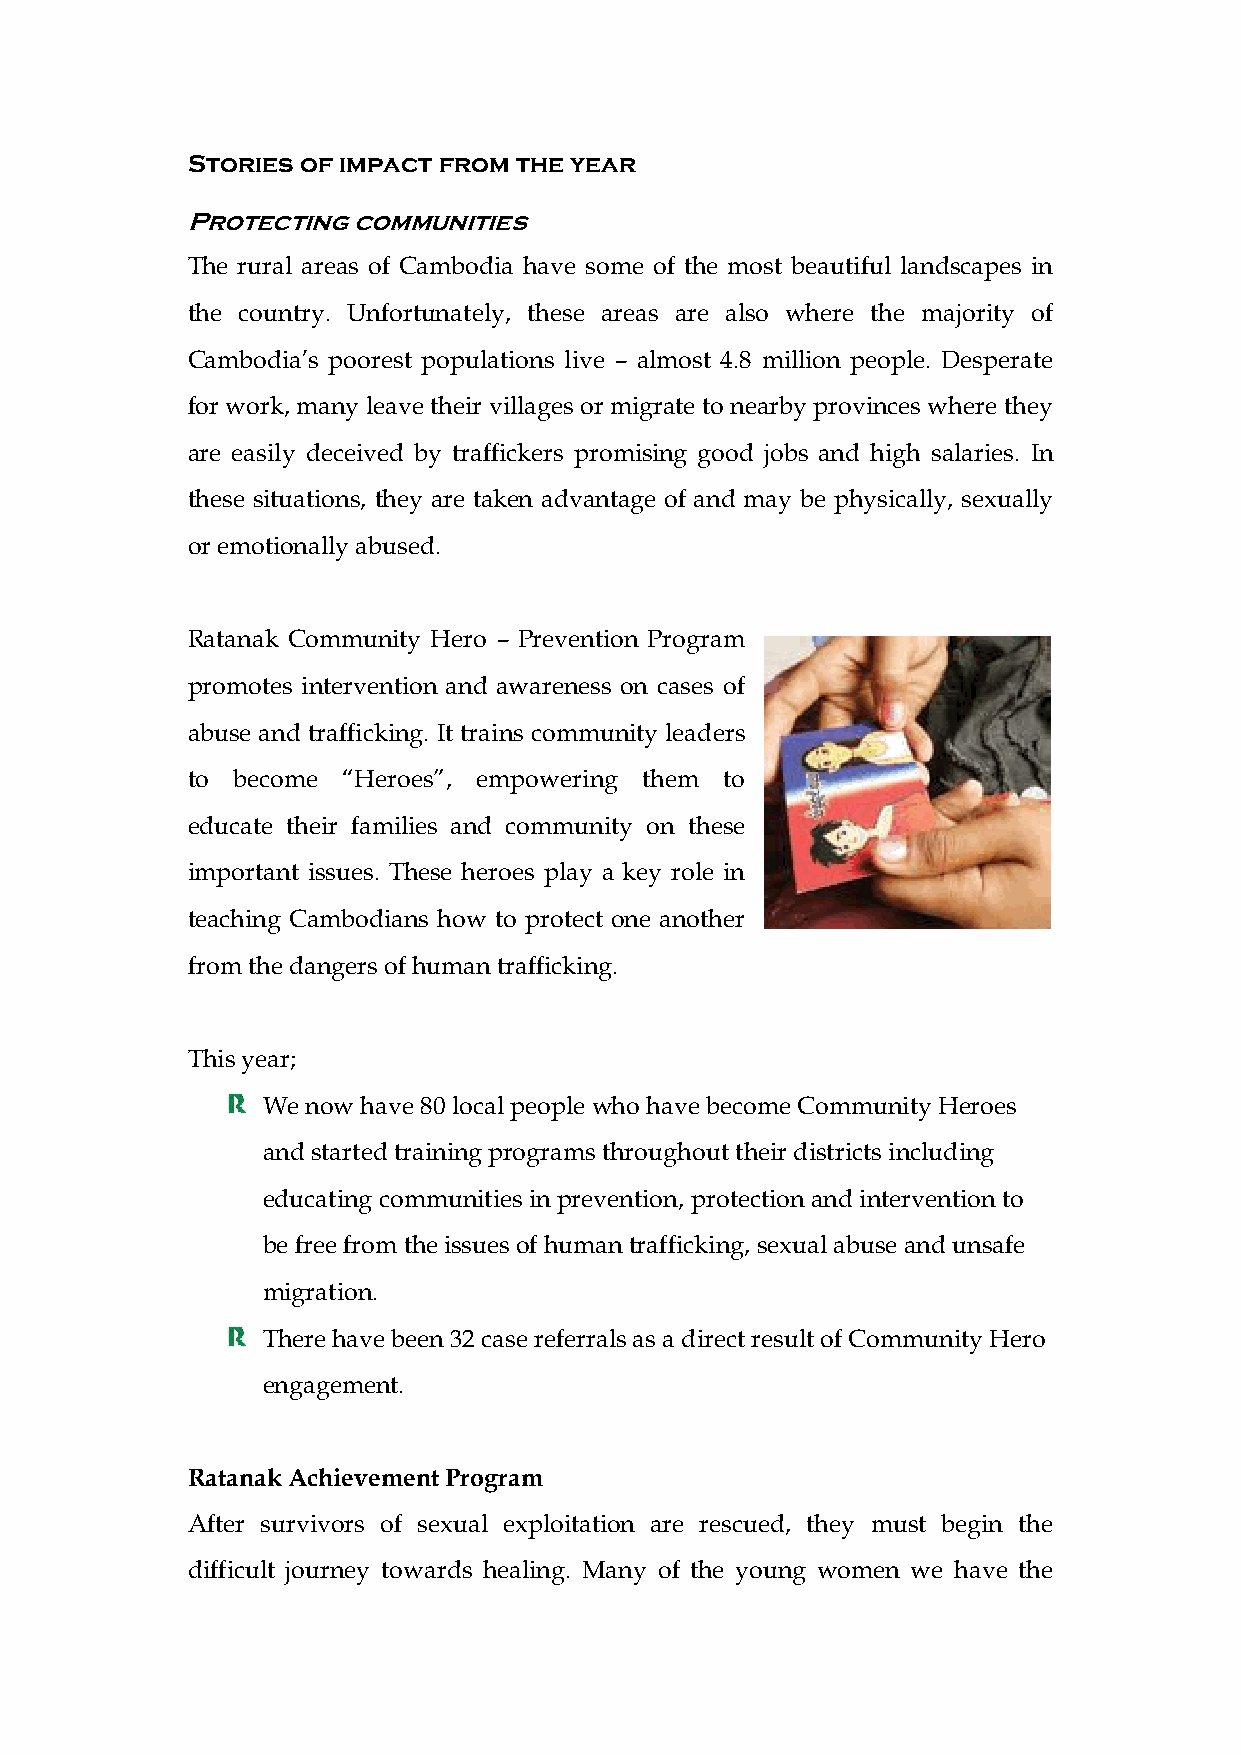
Stories of impact from the year
 Protecting communities
 The rural areas of Cambodia have some of the most beautiful landscapes in
 the country. Unfortunately, these areas are also where the majority of
 Cambodia’s poorest populations live – almost 4.8 million people. Desperate
 for work, many leave their villages or migrate to nearby provinces where they
 are easily deceived by traffickers promising good jobs and high salaries. In
 these situations, they are taken advantage of and may be physically, sexually
 or emotionally abused.
 Ratanak Community Hero – Prevention Program
 promotes intervention and awareness on cases of
 abuse and trafficking. It trains community leaders
 to become  “Heroes”, empowering them to
 educate their families and community on these
 important issues. These heroes play a key role in
 teaching Cambodians how to protect one another
 from the dangers of human trafficking.
 This year;
 We now have 80 local people who have become Community Heroes
 and started training programs throughout their districts including
 educating communities in prevention, protection and intervention to
 be free from the issues of human trafficking, sexual abuse and unsafe
 migration.
 There have been 32 case referrals as a direct result of Community Hero
 engagement.
 Ratanak Achievement Program
 After survivors of sexual exploitation are rescued, they must begin the
 difficult journey towards healing. Many of the young women we have the